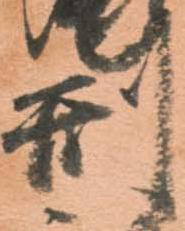
刑